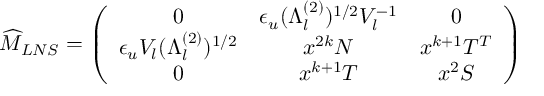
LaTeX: \widehat { M } _ { L N S } = \left( \begin{array} { c c c } { { 0 } } & { { \epsilon _ { u } ( \Lambda _ { l } ^ { ( 2 ) } ) ^ { 1 / 2 } { \cal V } _ { l } ^ { - 1 } } } & { { 0 } } \\ { { \epsilon _ { u } { \cal V } _ { l } ( \Lambda _ { l } ^ { ( 2 ) } ) ^ { 1 / 2 } } } & { { x ^ { 2 k } N } } & { { x ^ { k + 1 } T ^ { T } } } \\ { { 0 } } & { { x ^ { k + 1 } T } } & { { x ^ { 2 } S } } \end{array} \right)